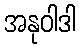
အနုဝါဒါ